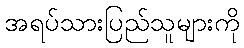
အရပ်သားပြည်သူများကို